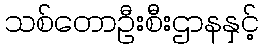
သစ်တောဦးစီးဌာနနှင့်